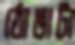
ঠোঙাটা